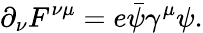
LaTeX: \partial_{\nu}F^{\nu\mu}=e{\bar{\psi}}\gamma^{\mu}\psi.